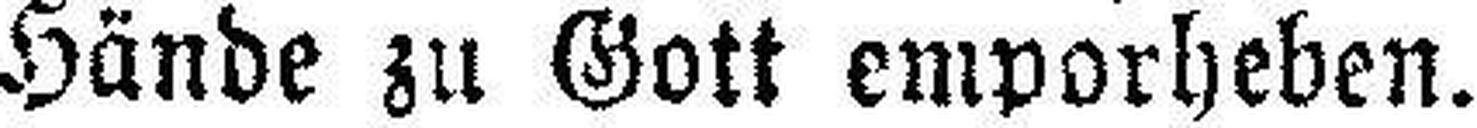
Hände zu Gott emporheben.